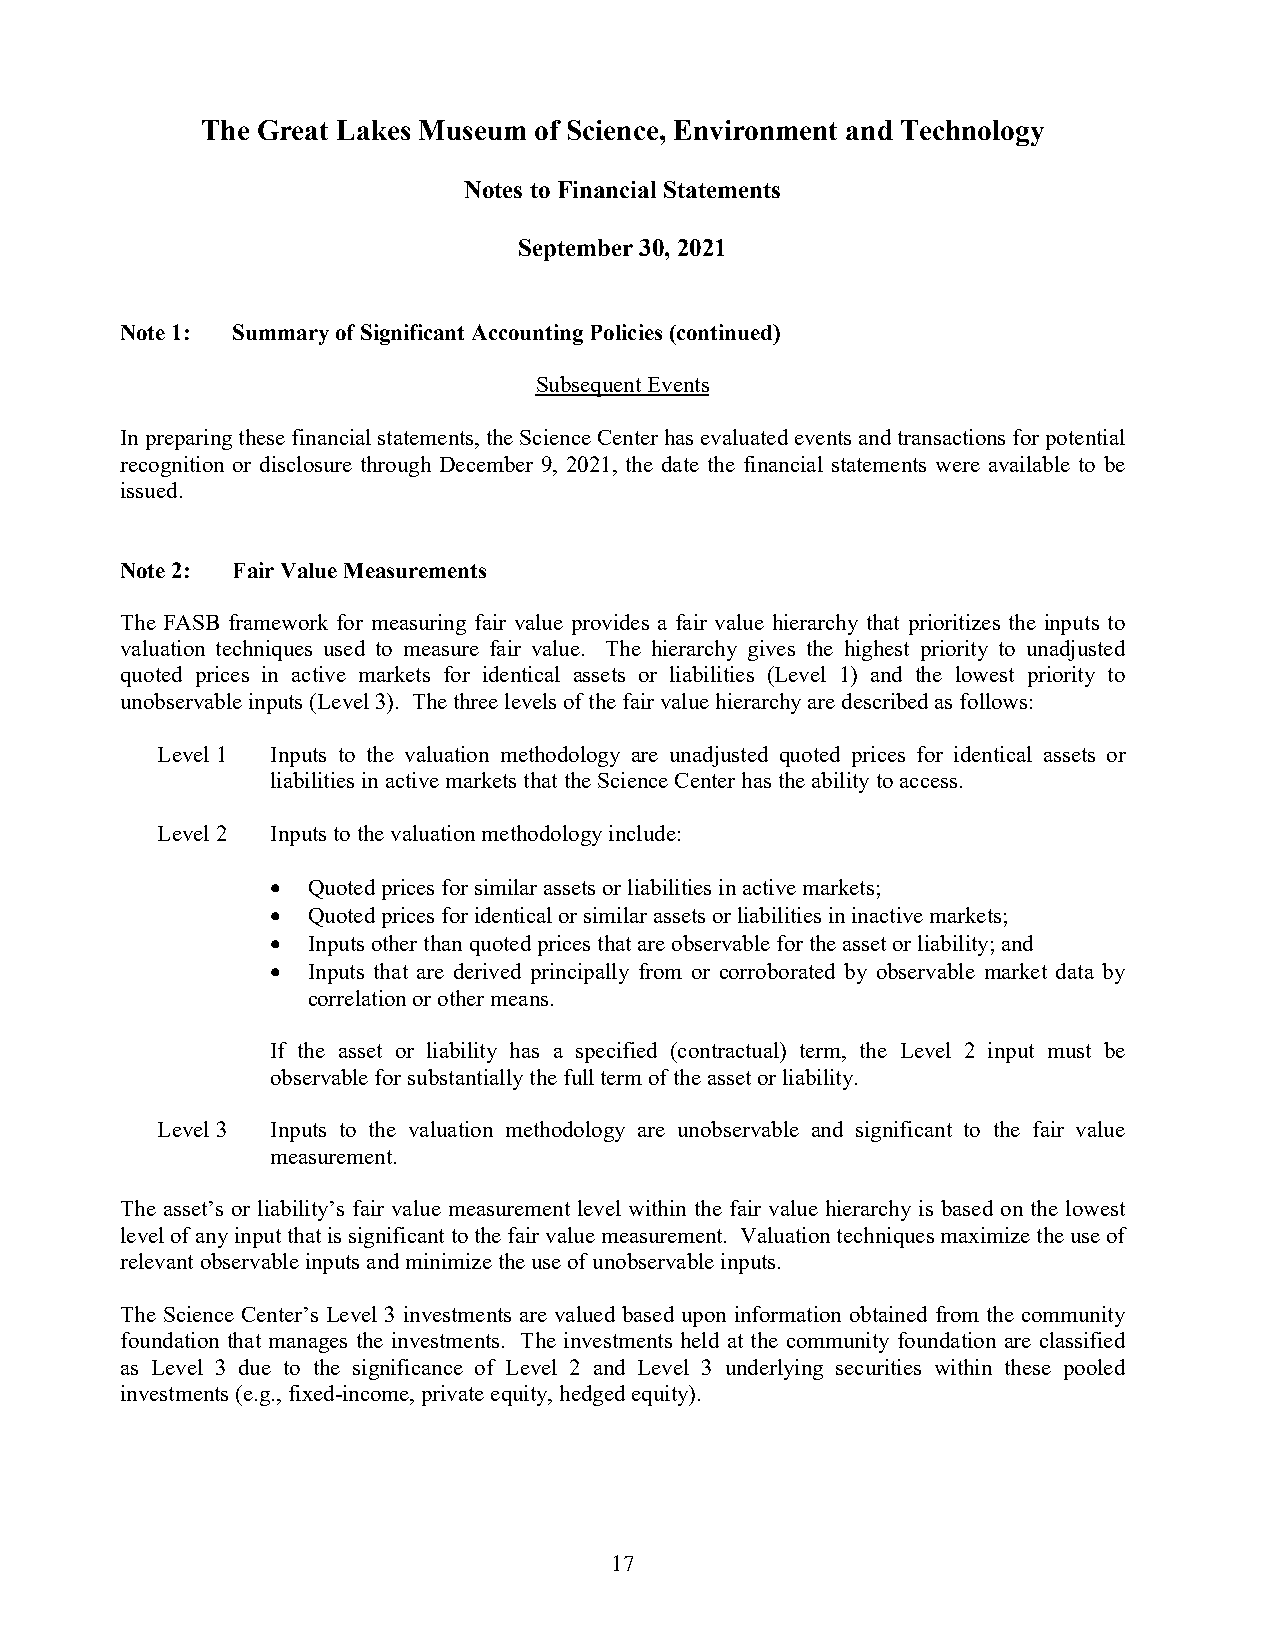
The Great Lakes Museum of Science, Environment and Technology
 Notes to Financial Statements
 September 30, 2021
 Note 1: Summary of Significant Accounting Policies(continued)
 Subsequent Events
 In preparing these financial statements, the Science Center has evaluated events and transactions for potential
 recognition or disclosure through December 9, 2021, the date the financial statements were available to be
 issued.
 Note 2: Fair Value Measurements
 The FASB framework for measuring fair value provides a fair value hierarchy that prioritizes the inputs to
 valuation techniques used to measure fair value. The hierarchy gives the highest priority to unadjusted
 quoted prices in active markets for identical assets or liabilities (Level 1) and the lowest priority to
 unobservable inputs (Level3). The three levels of the fair value hierarchy are described as follows:
 Level 1 Inputs to the valuation methodology are unadjusted quoted prices for identical assets or
 liabilities in active markets that the Science Center has the ability to access.
 Level 2 Inputs to the valuation methodology include:
  Quoted prices for similar assets or liabilities inactive markets;
  Quoted prices for identical or similar assets or liabilities in inactive markets;
  Inputs other than quoted prices that are observable for the asset or liability; and
  Inputs that are derived principally from or corroborated by observable market data by
 correlation or other means.
 If the asset or liability has a specified (contractual) term, the Level 2 input must be
 observable for substantially the full term of the asset or liability.
 Level 3 Inputs to the valuation methodology are unobservable and significant to the fair value
 measurement.
 The asset’s or liability’s fair value measurement level within the fair value hierarchy is based on the lowest
 level of any input that is significant to the fair value measurement. Valuation techniquesmaximize the use of
 relevant observable inputs and minimize the use of unobservable inputs.
 The Science Center’s Level 3 investments are valued based upon information obtained from the community
 foundation that manages the investments. The investments held at the community foundation are classified
 as Level 3 due to the significance of Level 2 and Level 3 underlying securities within these pooled
 investments (e.g.,fixed-income, private equity, hedged equity).
 17